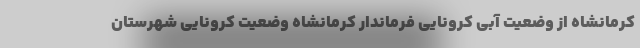
کرمانشاه از وضعیت آبی کرونایی فرماندار کرمانشاه وضعیت کرونایی شهرستان